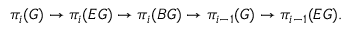
\pi _ { i } ( G ) \rightarrow \pi _ { i } ( E G ) \rightarrow \pi _ { i } ( B G ) \rightarrow \pi _ { i - 1 } ( G ) \rightarrow \pi _ { i - 1 } ( E G ) .